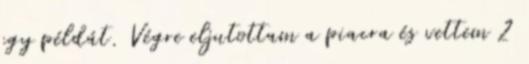
egy példát. Végre eljutottam a piacra és vettem 2